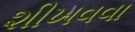
શીખવવા